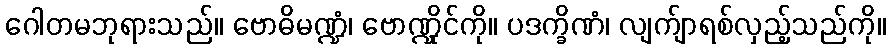
ဂေါတမဘုရားသည်။ ဗောဓိမဏ္ဍံ၊ ဗောဏ္ဍိုင်ကို။ ပဒက္ခိဏံ၊ လျက်ျာရစ်လှည့်သည်ကို။